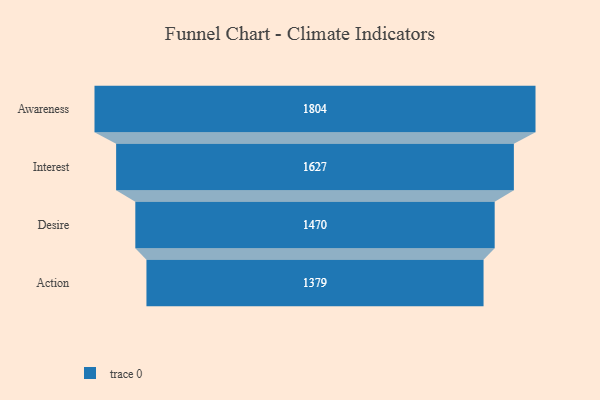
{"axis": {"x": "Stage", "y": "Value"}, "legend": [""], "data": [{"x": "Awareness", "y": 1804.0, "type": ""}, {"x": "Interest", "y": 1627.0, "type": ""}, {"x": "Desire", "y": 1470.0, "type": ""}, {"x": "Action", "y": 1379.0, "type": ""}]}